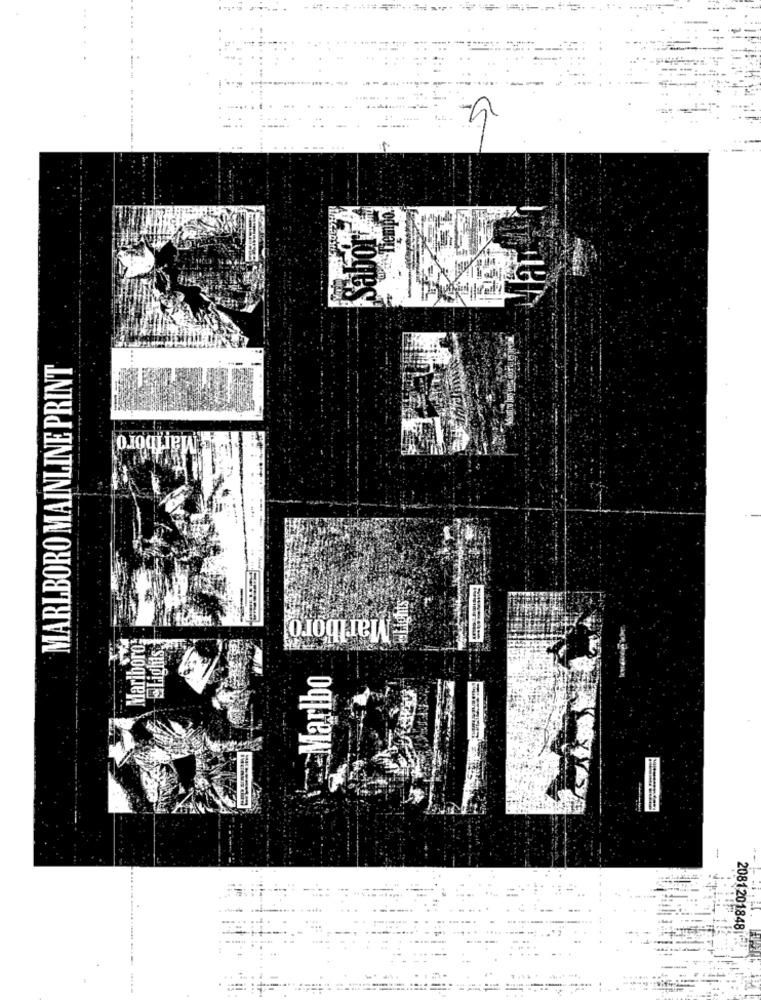
MARLBORO MAINLINE PRINT
Marlboro
Marlboro
Marlboro:
ELights
Marlbo
-
--
20812018481